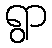
ရွာ